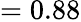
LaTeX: =0.88